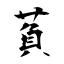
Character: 萯